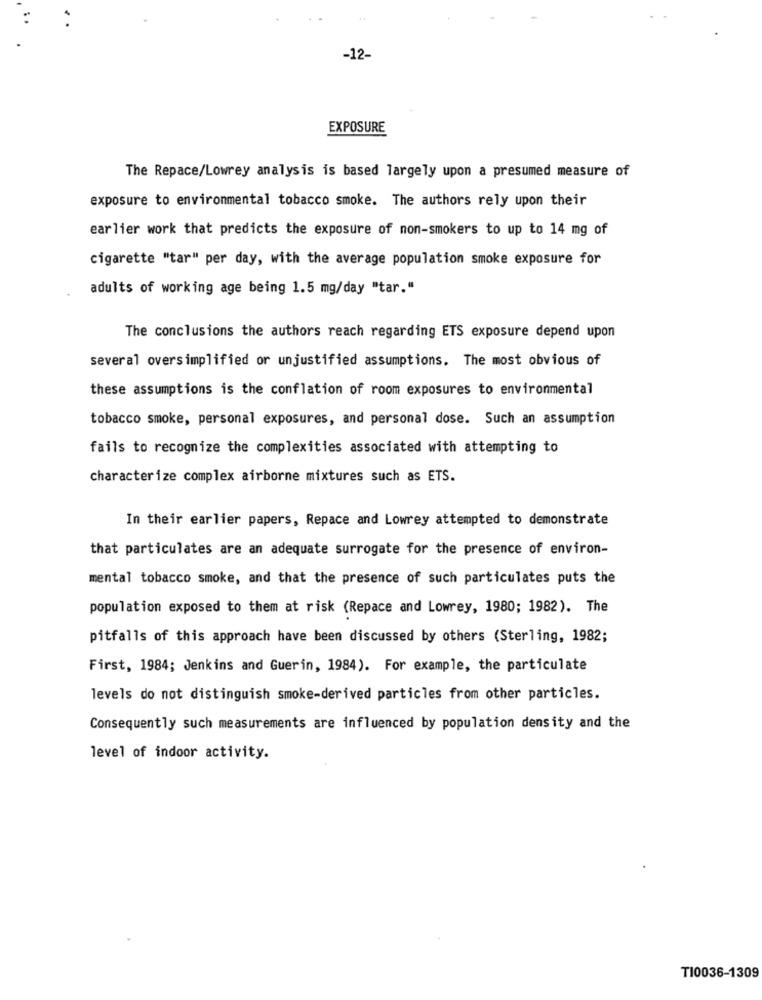
-12-
EXPOSURE
The Repace/Lowrey analysis is based largely upon a presumed measure of
exposure to environmental tobacco smoke. The authors rely upon their
earlier work that predicts the exposure of non-smokers to up to 14 mg of
cigarette "tar" per day, with the average population smoke exposure for
adults of working age being 1.5 mg/day "tar."
The conclusions the authors reach regarding ETS exposure depend upon
several oversimplified or unjustified assumptions. The most obvious of
these assumptions is the conflation of room exposures to environmental
tobacco smoke, personal exposures, and personal dose. Such an assumption
fails to recognize the complexities associated with attempting to
characterize complex airborne mixtures such as ETS.
In their earlier papers, Repace and Lowrey attempted to demonstrate
that particulates are an adequate surrogate for the presence of environ-
mental tobacco smoke, and that the presence of such particulates puts the
population exposed to them at risk (Repace and Lowrey, 1980; 1982). The
pitfalls of this approach have been discussed by others (Sterling, 1982;
First, 1984; Jenkins and Guerin, 1984). For example, the particulate
levels do not distinguish smoke-derived particles from other particles.
Consequently such measurements are influenced by population density and the
level of indoor activity.
T10036-1309